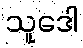
သူဒေါ